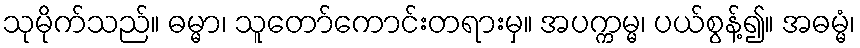
သုမိုက်သည်။ ဓမ္မာ၊ သူတော်ကောင်းတရားမှ။ အပက္ကမ္မ၊ ပယ်စွန့်၍။ အဓမ္မံ၊